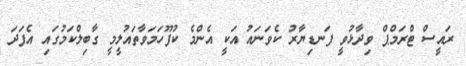
ރައީސް ޓްރަމްޕް ވިދާޅުވީ ފަނޑިޔާރު ކެވަނައު އަކީ އެންމެ ކުފޫހަމަވާތައުލީމީ ގާބިލްކަމުގައި އެފަދަ